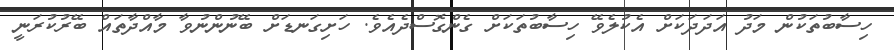
ހިސާބުތަކުން މަދު އަދަދަކަށް އެކުލެވޭ ހިސާބުތަކަށް ގެންގޮސްދެއެވެ. ހަށިގަނޑަށް ބޭނުންނުވާ މާއްދާތައް ބޭރުކުރަނީ